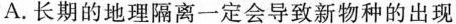
A.长期的地理隔离一定会导致新物种的出现